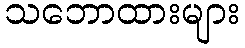
သဘောထားများ